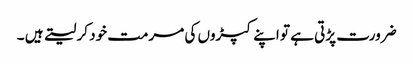
ضرورت پڑتی ہے تو اپنے کپڑوں کی مرمت خود کر لیتے ہیں ۔